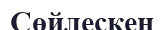
Сөйлескен